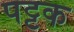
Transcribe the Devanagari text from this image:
पट्टक